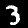
Digit: 3